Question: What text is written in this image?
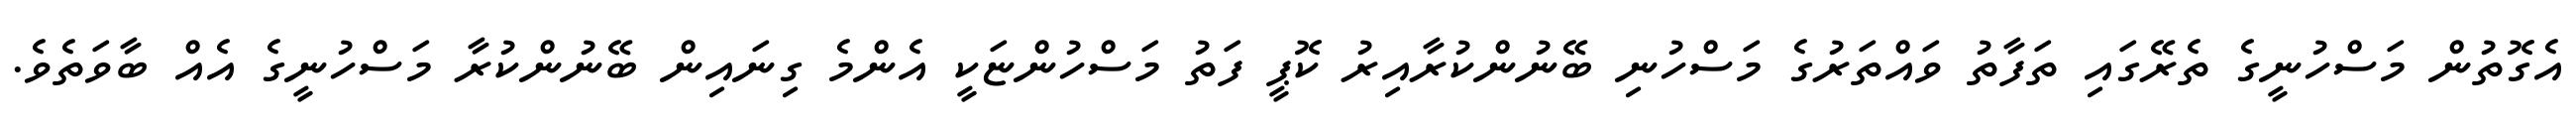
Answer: އެގޮތުން މަސްހުނީގެ ތެރޭގައި ތަފާތު ވައްތަރުގެ މަސްހުނި ބޭނުންކުރާއިރު ކޮޕީ ފަތު މަސްހުންޏަކީ އެންމެ ގިނައިން ބޭނުންކުރާ މަސްހުނީގެ އެއް ބާވަތެވެ.